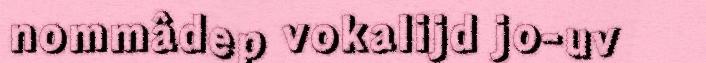
nommâdep vokalijd jo-uv